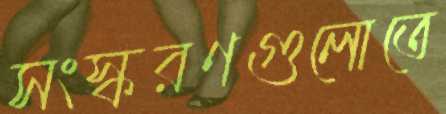
সংস্করণগুলোতে